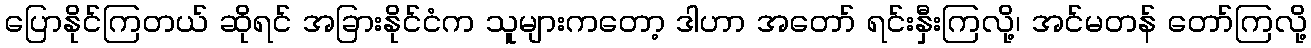
ပြောနိုင်ကြတယ် ဆိုရင် အခြားနိုင်ငံက သူများကတော့ ဒါဟာ အတော် ရင်းနှီးကြလို့၊ အင်မတန် တော်ကြလို့